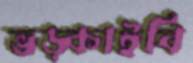
ভড়্‌কাইবি